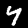
Label: 4